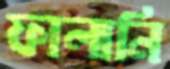
ফালানি